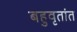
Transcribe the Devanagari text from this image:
बहुवृतांत